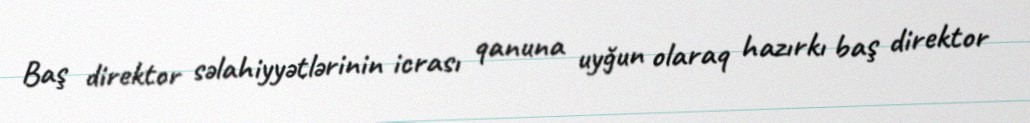
Baş direktor səlahiyyətlərinin icrası qanuna uyğun olaraq hazırkı baş direktor